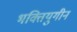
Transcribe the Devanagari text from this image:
भक्तियुगीन